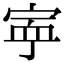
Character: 𡨴